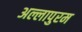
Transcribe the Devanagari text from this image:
अल्लापुरम